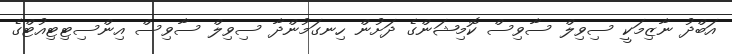
އަބްދު ނާޒިމަކީ ސިވިލް ސާވިސް ކޮމިޝަންގެ ދަށުން ހިނގަމުންދާ ސިވިލް ސާވިސް އިންސިޓިޓިއުޓްގެ